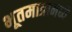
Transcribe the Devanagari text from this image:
भूतमात्रामध्ये